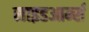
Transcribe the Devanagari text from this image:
साइडआर्म्स